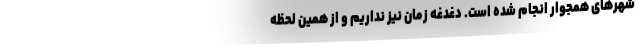
شهرهای همجوار انجام شده است. دغدغه زمان نیز نداریم و از همین لحظه